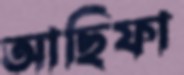
আছিফা